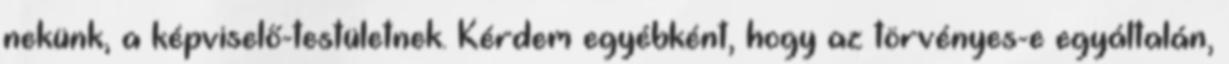
nekünk, a képviselő-testületnek. Kérdem egyébként, hogy az törvényes-e egyáltalán,